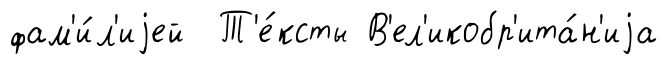
фам'и́л'иjей Т'е́ксты В'ел'икобр'ита́н'иjа